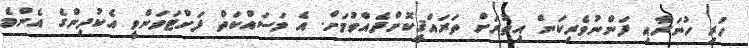
ހުރި ހުނަރާއި ފަންނުވެރިކަން އިތުރަށް ތަރައްޤީކޮށްދެއްވުމަށް. އެ މަސައްކަތް ފަށްޓަވަންވީ އެކުދިންގެ އެންމެ